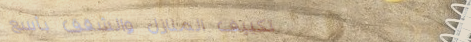
تكييف المنازل والشقق بأسع